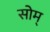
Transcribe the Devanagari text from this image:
सोम्